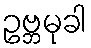
ဥဗ္ဘမုခါ